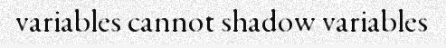
variables cannot shadow variables